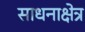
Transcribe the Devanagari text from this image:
साधनाक्षेत्र